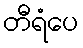
တီရံပေ